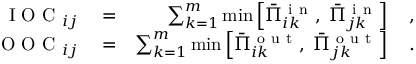
\begin{array} { r l r } { \mathrm { ~ I ~ O ~ C ~ } _ { i j } } & { { } = } & { \sum _ { k = 1 } ^ { m } \operatorname* { m i n } \left[ \bar { \Pi } _ { i k } ^ { \mathrm { ~ i ~ n ~ } } , \; \bar { \Pi } _ { j k } ^ { \mathrm { ~ i ~ n ~ } } \right] \quad , } \\ { \mathrm { ~ O ~ O ~ C ~ } _ { i j } } & { { } = } & { \sum _ { k = 1 } ^ { m } \operatorname* { m i n } \left[ \bar { \Pi } _ { i k } ^ { \mathrm { ~ o ~ u ~ t ~ } } , \; \bar { \Pi } _ { j k } ^ { \mathrm { ~ o ~ u ~ t ~ } } \right] \quad . } \end{array}